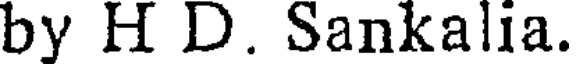
by H D. Sankalia.